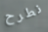
نطرح